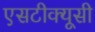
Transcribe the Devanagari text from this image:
एसटीक्यूसी